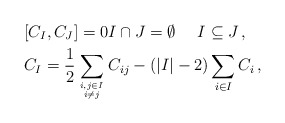
\begin{align*}& [C_I,C_J]=0 I \cap J =\emptyset\ \ \ \ I\subseteq J \,, \\& C_I=\frac{1}{2}\sum_{i,j\in I \atop i\neq j} C_{ij} -( |I|-2 ) \sum_{i\in I} C_i\,,\end{align*}